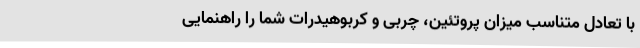
با تعادل متناسب میزان پروتئین،‌ چربی و کربوهیدرات شما را راهنمایی